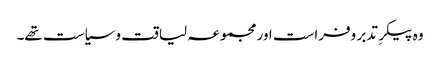
وہ پیکرِ تدبر وفراست اور مجموعہ لیاقت و سیاست تھے۔